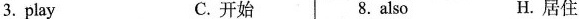
3.play C.开始 8.also H.居住